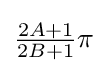
{\textstyle {\frac {2A+1}{2B+1}}\pi }